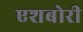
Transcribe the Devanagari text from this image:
एशबोरी